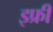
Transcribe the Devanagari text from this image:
इफ्री